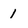
Character: 1